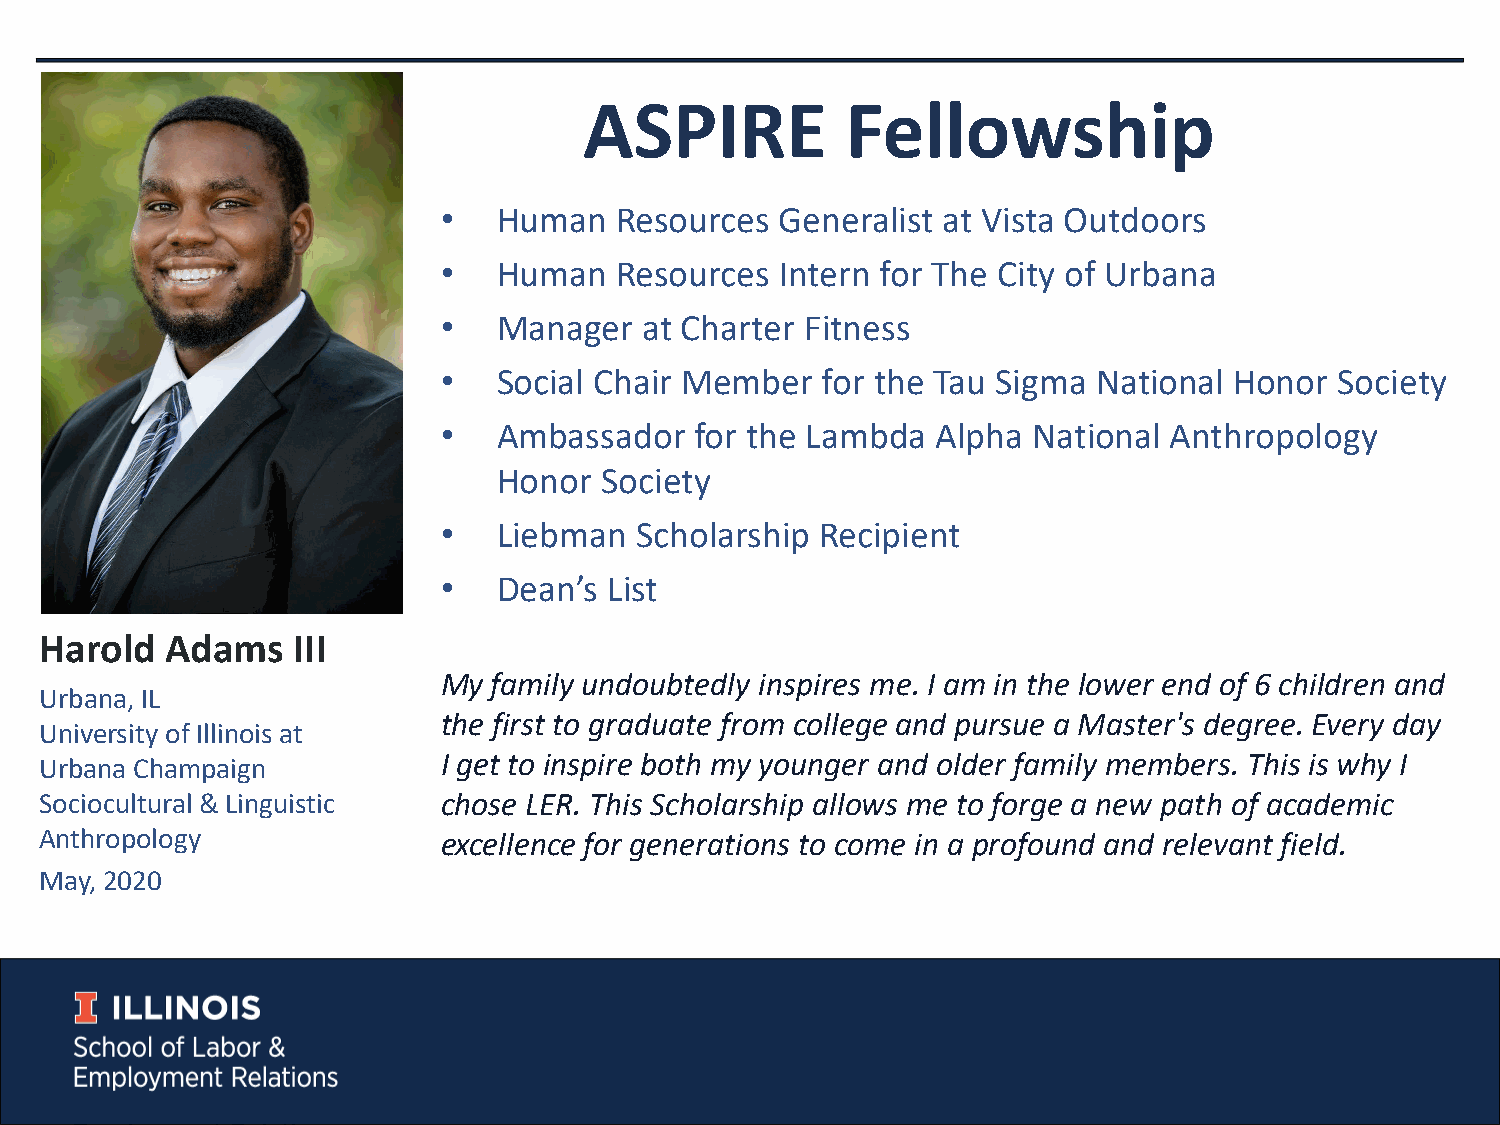
ASPIRE           Fellowship
 •   Human   Resources  Generalist at Vista Outdoors
 •   Human   Resources  Intern for The City of Urbana
 •   Manager   at Charter Fitness
 •   Social Chair Member  for the Tau Sigma  National Honor  Society
 •   Ambassador   for the Lambda  Alpha National Anthropology
 Honor  Society
 •   Liebman  Scholarship Recipient
 •   Dean’s List
 Harold  Adams   III
 My  family undoubtedly inspires me. I am in the lower end of 6 children and
 Urbana, IL
 the first to graduate from college and pursue a Master's degree. Every day
 University of Illinois at
 I get to inspire both my younger and older family members. This is why I
 Urbana Champaign
 Sociocultural & Linguistic chose LER. This Scholarship allows me to forge a new path of academic
 Anthropology              excellence for generations to come in a profound and relevant field.
 May, 2020